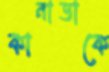
কানাডাকে